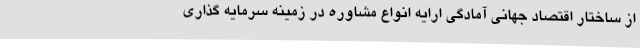
از ساختار اقتصاد جهانی آمادگی ارایه انواع مشاوره در زمینه سرمایه گذاری